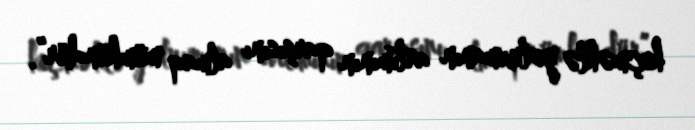
keçməklə yoluxmanın artımının qarşısını almaq mümkündür”.